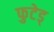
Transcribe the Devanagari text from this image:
फुटेड्